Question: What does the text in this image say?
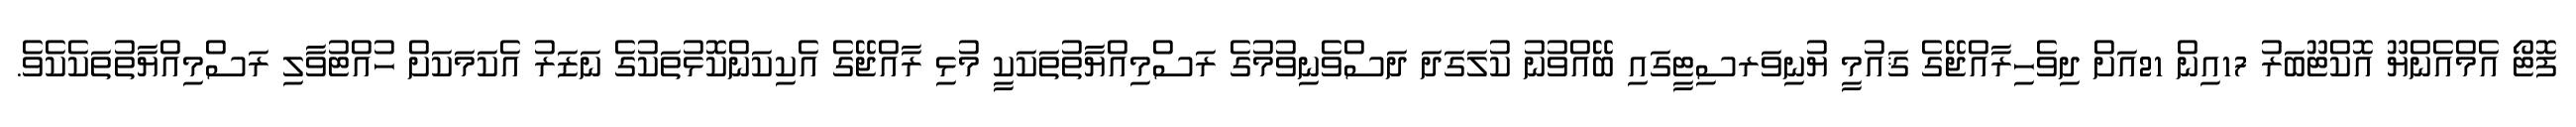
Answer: ފޮޓޯ އެމްއެންޔޫ އޮކްޓޫބަރު 17އިން 21އަށް ދިވެހިރާއްޖޭގެ ޤައުމީ ޔުނިވަރސިޓީގައި ބޭއްވުނު ކުލަގަދަ ދަސްވެނިވުމުގެ ރަސްމިއްޔާތުތަކަކީ މުޅި ރާއްޖޭގެ އެކިކަންކޮޅުތަކުގެ ނަޒަރު އެކަމަކަށް ހުއްޓުވާލި ރަސްމިއްޔާތުތަކެކެވެ.